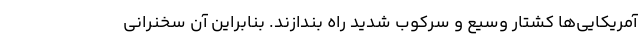
آمریکایی‌ها کشتار وسیع و سرکوب شدید راه بندازند. بنابراین آن سخنرانی